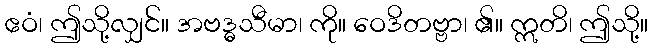
ဧဝံ၊ ဤသို့လျှင်။ အဗဒ္ဓသီမာ၊ ကို။ ဝေဒိတဗ္ဗာ၊ ၏။ ဣတိ၊ ဤသို့။